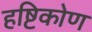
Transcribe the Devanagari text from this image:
हष्टिकोण